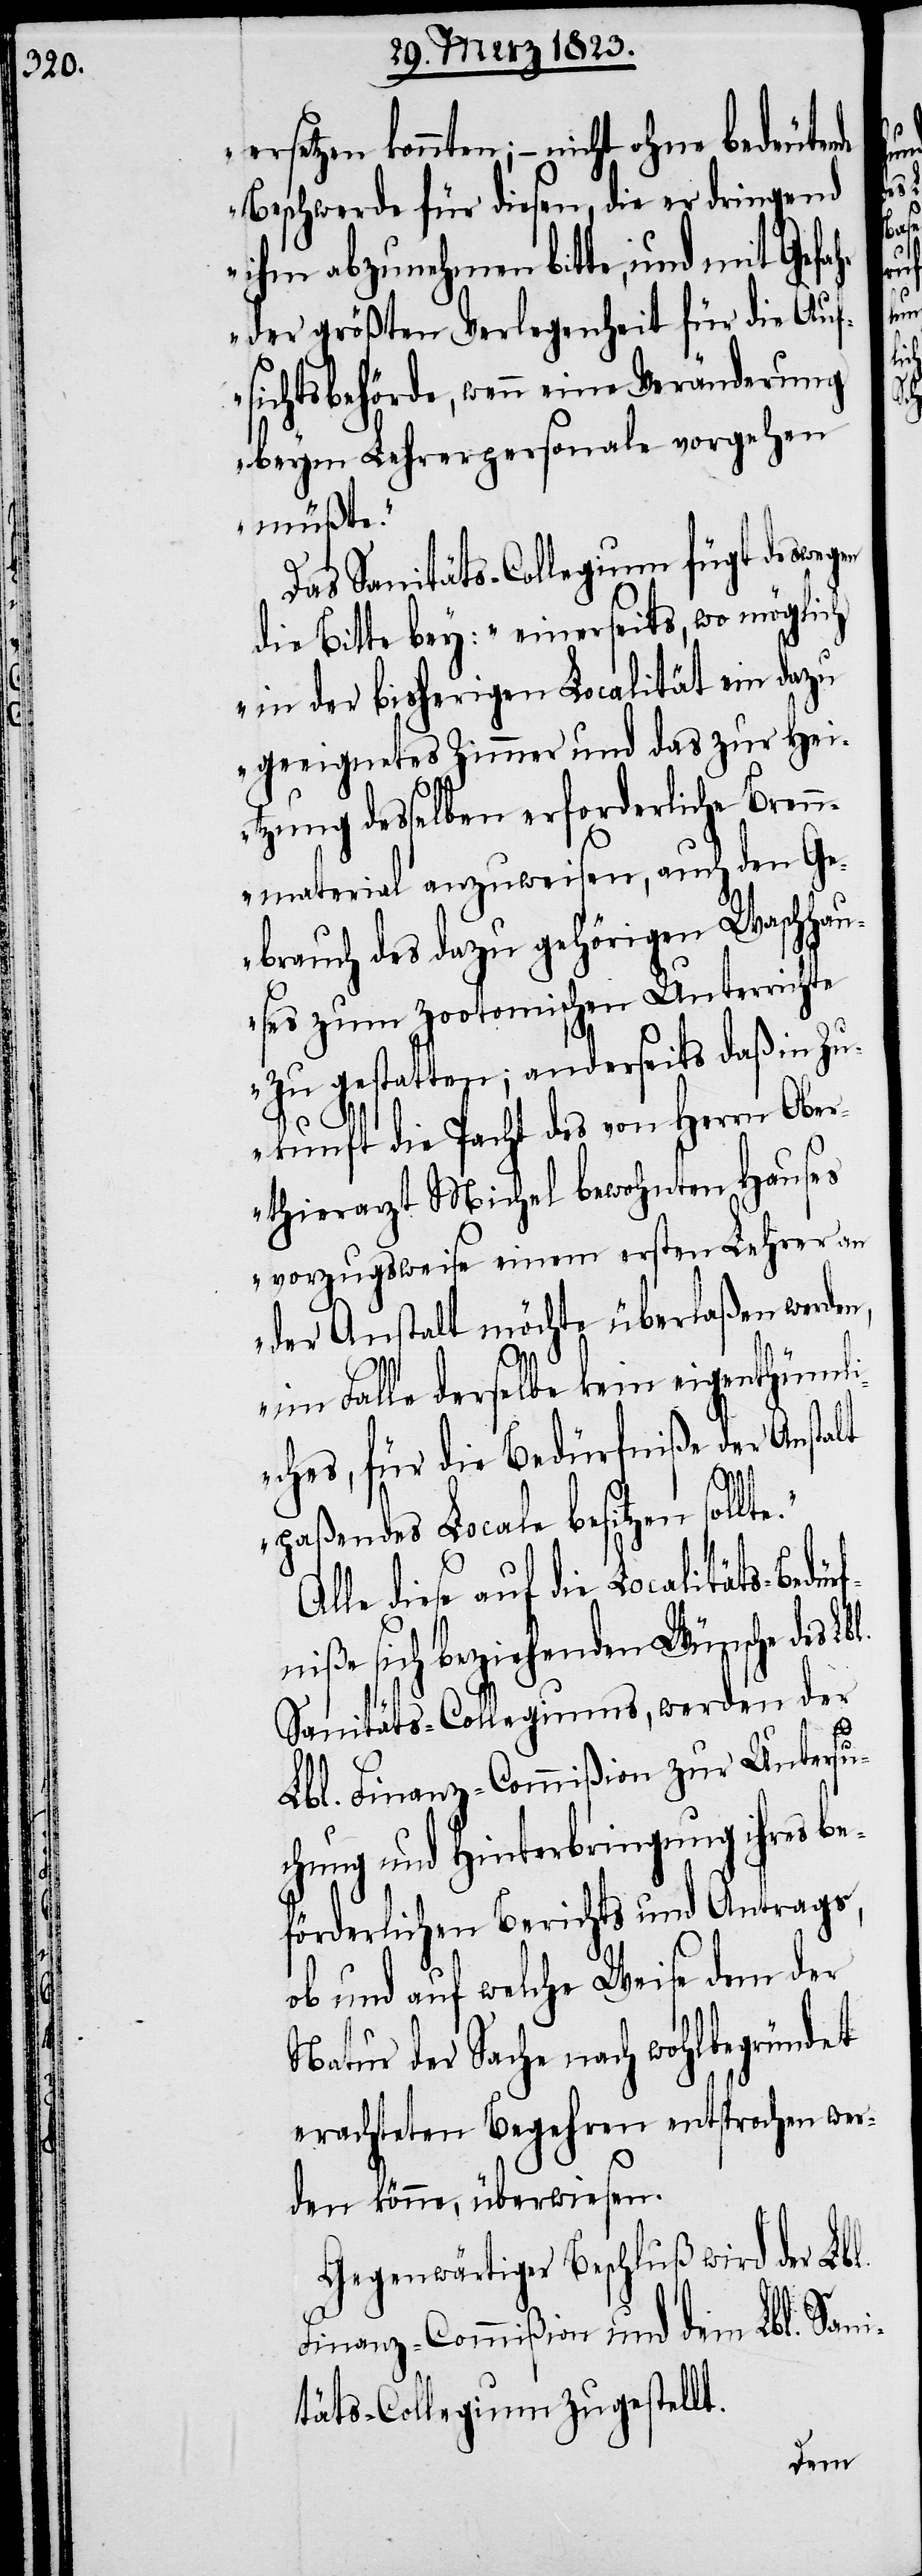
Beschwerde für diesen, die er dringend
ihm abzunehmen bitte, und mit Gefa¬
der größten Verlegenheit für die Auf¬
sichtsbehörde, wenn eine Veränderung
beym Lehrerpersonale vorgehen
müßte.“
Das Sanitäts-Collegium fügt deswegen
die Bitte bey: „einerseits, wo möglich
in der bisherigen Localität ein dazu
geeignetes Zimmer und das zur Hei¬
tzung desselben erforderliche Bren¬
nmaterial anzuweisen, auch den Ge¬
brauch des dazu gehörigen Waschhau¬
ses zum zootomischen Unterrichte
zu gestatten; anderseits daß in Zu¬
kunft die Pacht des von Herrn Ober¬
thierarzt Michel bewohnten Hauses
vorzugsweise einem ersten Lehrer an
der Anstalt möchte überlaßen werden,
im Falle derselbe kein eigenthümli¬
ches, für die Bedürfniße der Anstalt
paßendes Locale besitzen sollt¬
Alle diese auf die Localitäts-Bedü¬
fniße sich beziehenden Wünsche des Lb¬
Sanitäts-Collegiums, werden der
Lbl. Finanz-Commißion zur Untersu¬
chung und Hinterbringung ihres b¬
eförderlichen Berichts und Antrags,
ob und auf welche Weise dem der
Natur der Sache nach wohlbegründet
erachteten Begehren entsprochen wer¬
den könne, überwiesen.
Gegenwärtiger Beschluß wird der Lbl.
l.
Finanz-Commißion und dem Lbl. Sani¬
täts-Collegium zugestellt.
e.“